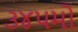
૩૪૫મો